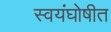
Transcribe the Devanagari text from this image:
स्वयंघोषीत